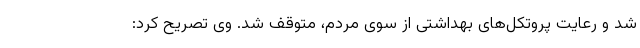
شد و رعایت پروتکل‌های بهداشتی از سوی مردم، متوقف شد. وی تصریح کرد: